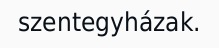
szentegyházak.